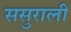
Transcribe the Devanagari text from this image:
ससुराली